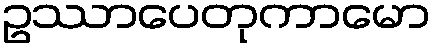
ဥဿာပေတုကာမော